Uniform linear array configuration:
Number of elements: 8
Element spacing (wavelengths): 0.75
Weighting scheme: kaiser
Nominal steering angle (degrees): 0
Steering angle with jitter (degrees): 0.8483
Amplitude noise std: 0.05
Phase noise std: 0.05

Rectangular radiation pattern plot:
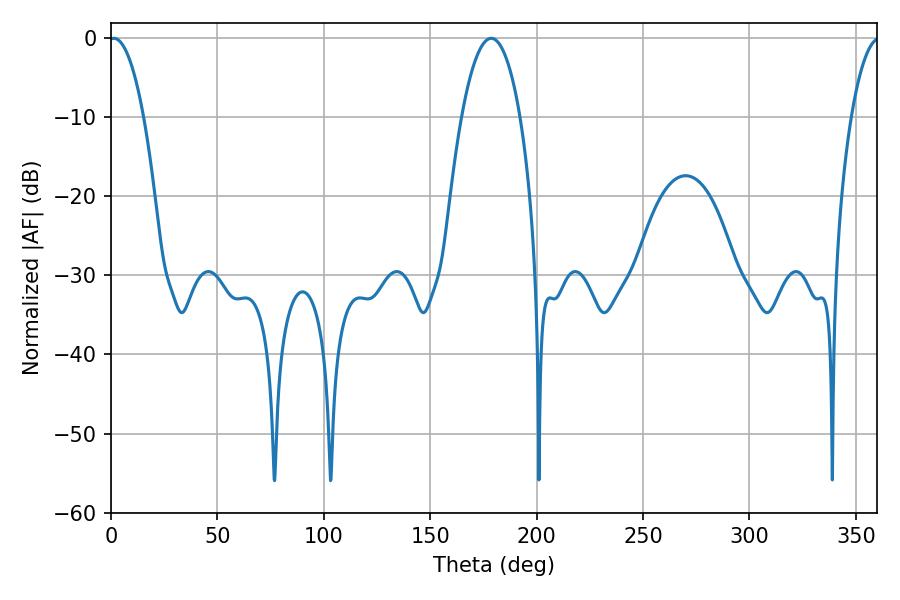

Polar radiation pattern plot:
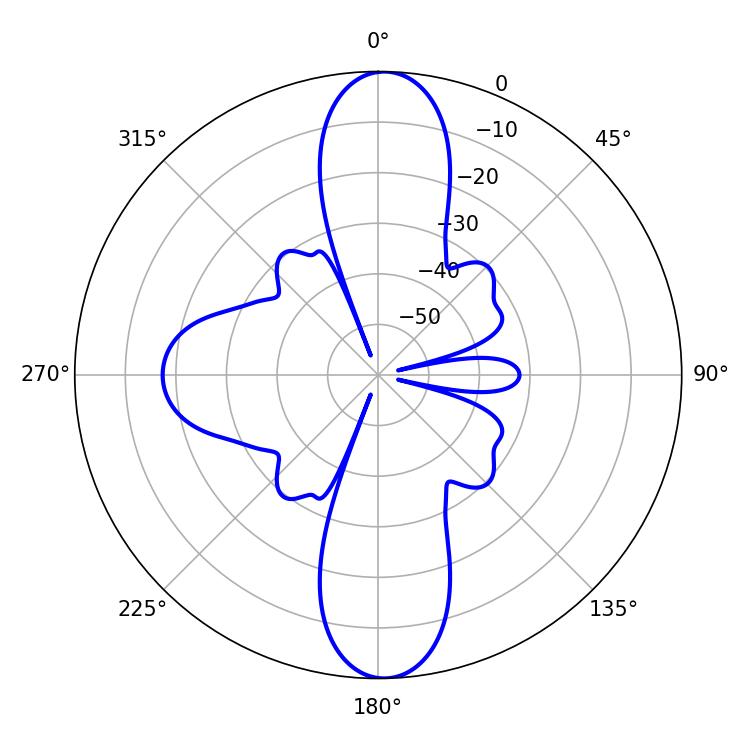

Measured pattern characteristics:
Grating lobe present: TRUE
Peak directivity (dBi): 24.66
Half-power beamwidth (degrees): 15.3
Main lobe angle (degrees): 178.74